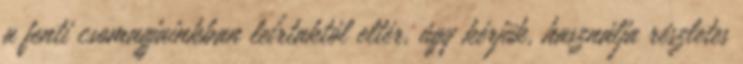
a fenti csomagjainkban leírtaktól eltér, úgy kérjük, használja részletes